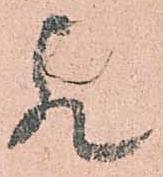
欤